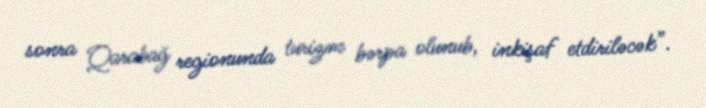
sonra Qarabağ regionunda turizm bərpa olunub, inkişaf etdiriləcək”.